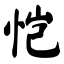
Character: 恺